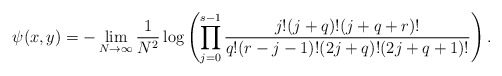
\begin{align*}\psi(x,y)=-\lim_{N\to\infty}\frac{1}{N^2} \log\left(\prod_{j=0}^{s-1}\frac{j!(j+q)! (j+q+r)!}{q!(r-j-1)!(2j+q)!(2j+q+1)!}\right).\end{align*}